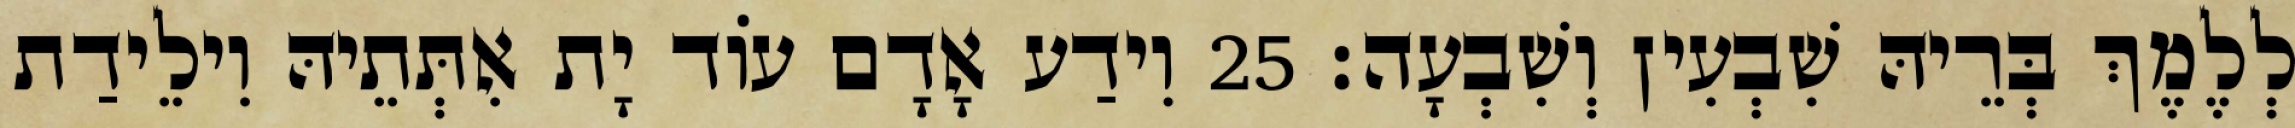
לְלֶמֶךְ בְּרֵיהּ שִׁבְעִין וְשִׁבְעָה׃ 25 וִידַע אָדָם עוֹד יָת אִתְּתֵיהּ וִילֵידַת